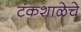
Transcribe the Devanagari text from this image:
टंकशाळेचे